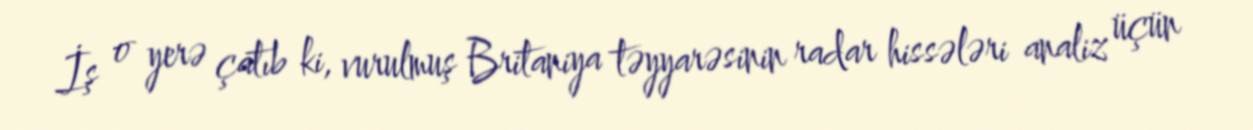
İş o yerə çatıb ki, vurulmuş Britaniya təyyarəsinin radar hissələri analiz üçün